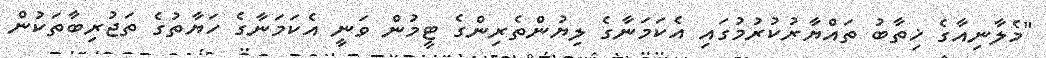
"މެލާނިއާގެ ޚިތާބު ތައްޔާރުކުރުމުގައި އެކަމަނާގެ ލިޔުންތެރިންގެ ޓީމުން ވަނީ އެކަމަނާގެ ހަޔާތުގެ ތަޖުރިބާތަކުން